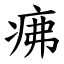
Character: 疿